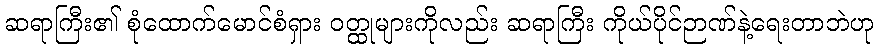
ဆရာကြီး၏ စုံထောက်မောင်စံရှား ဝတ္ထုများကိုလည်း ဆရာကြီး ကိုယ်ပိုင်ဉာဏ်နဲ့ရေးတာဘဲဟု